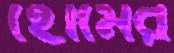
হোমের